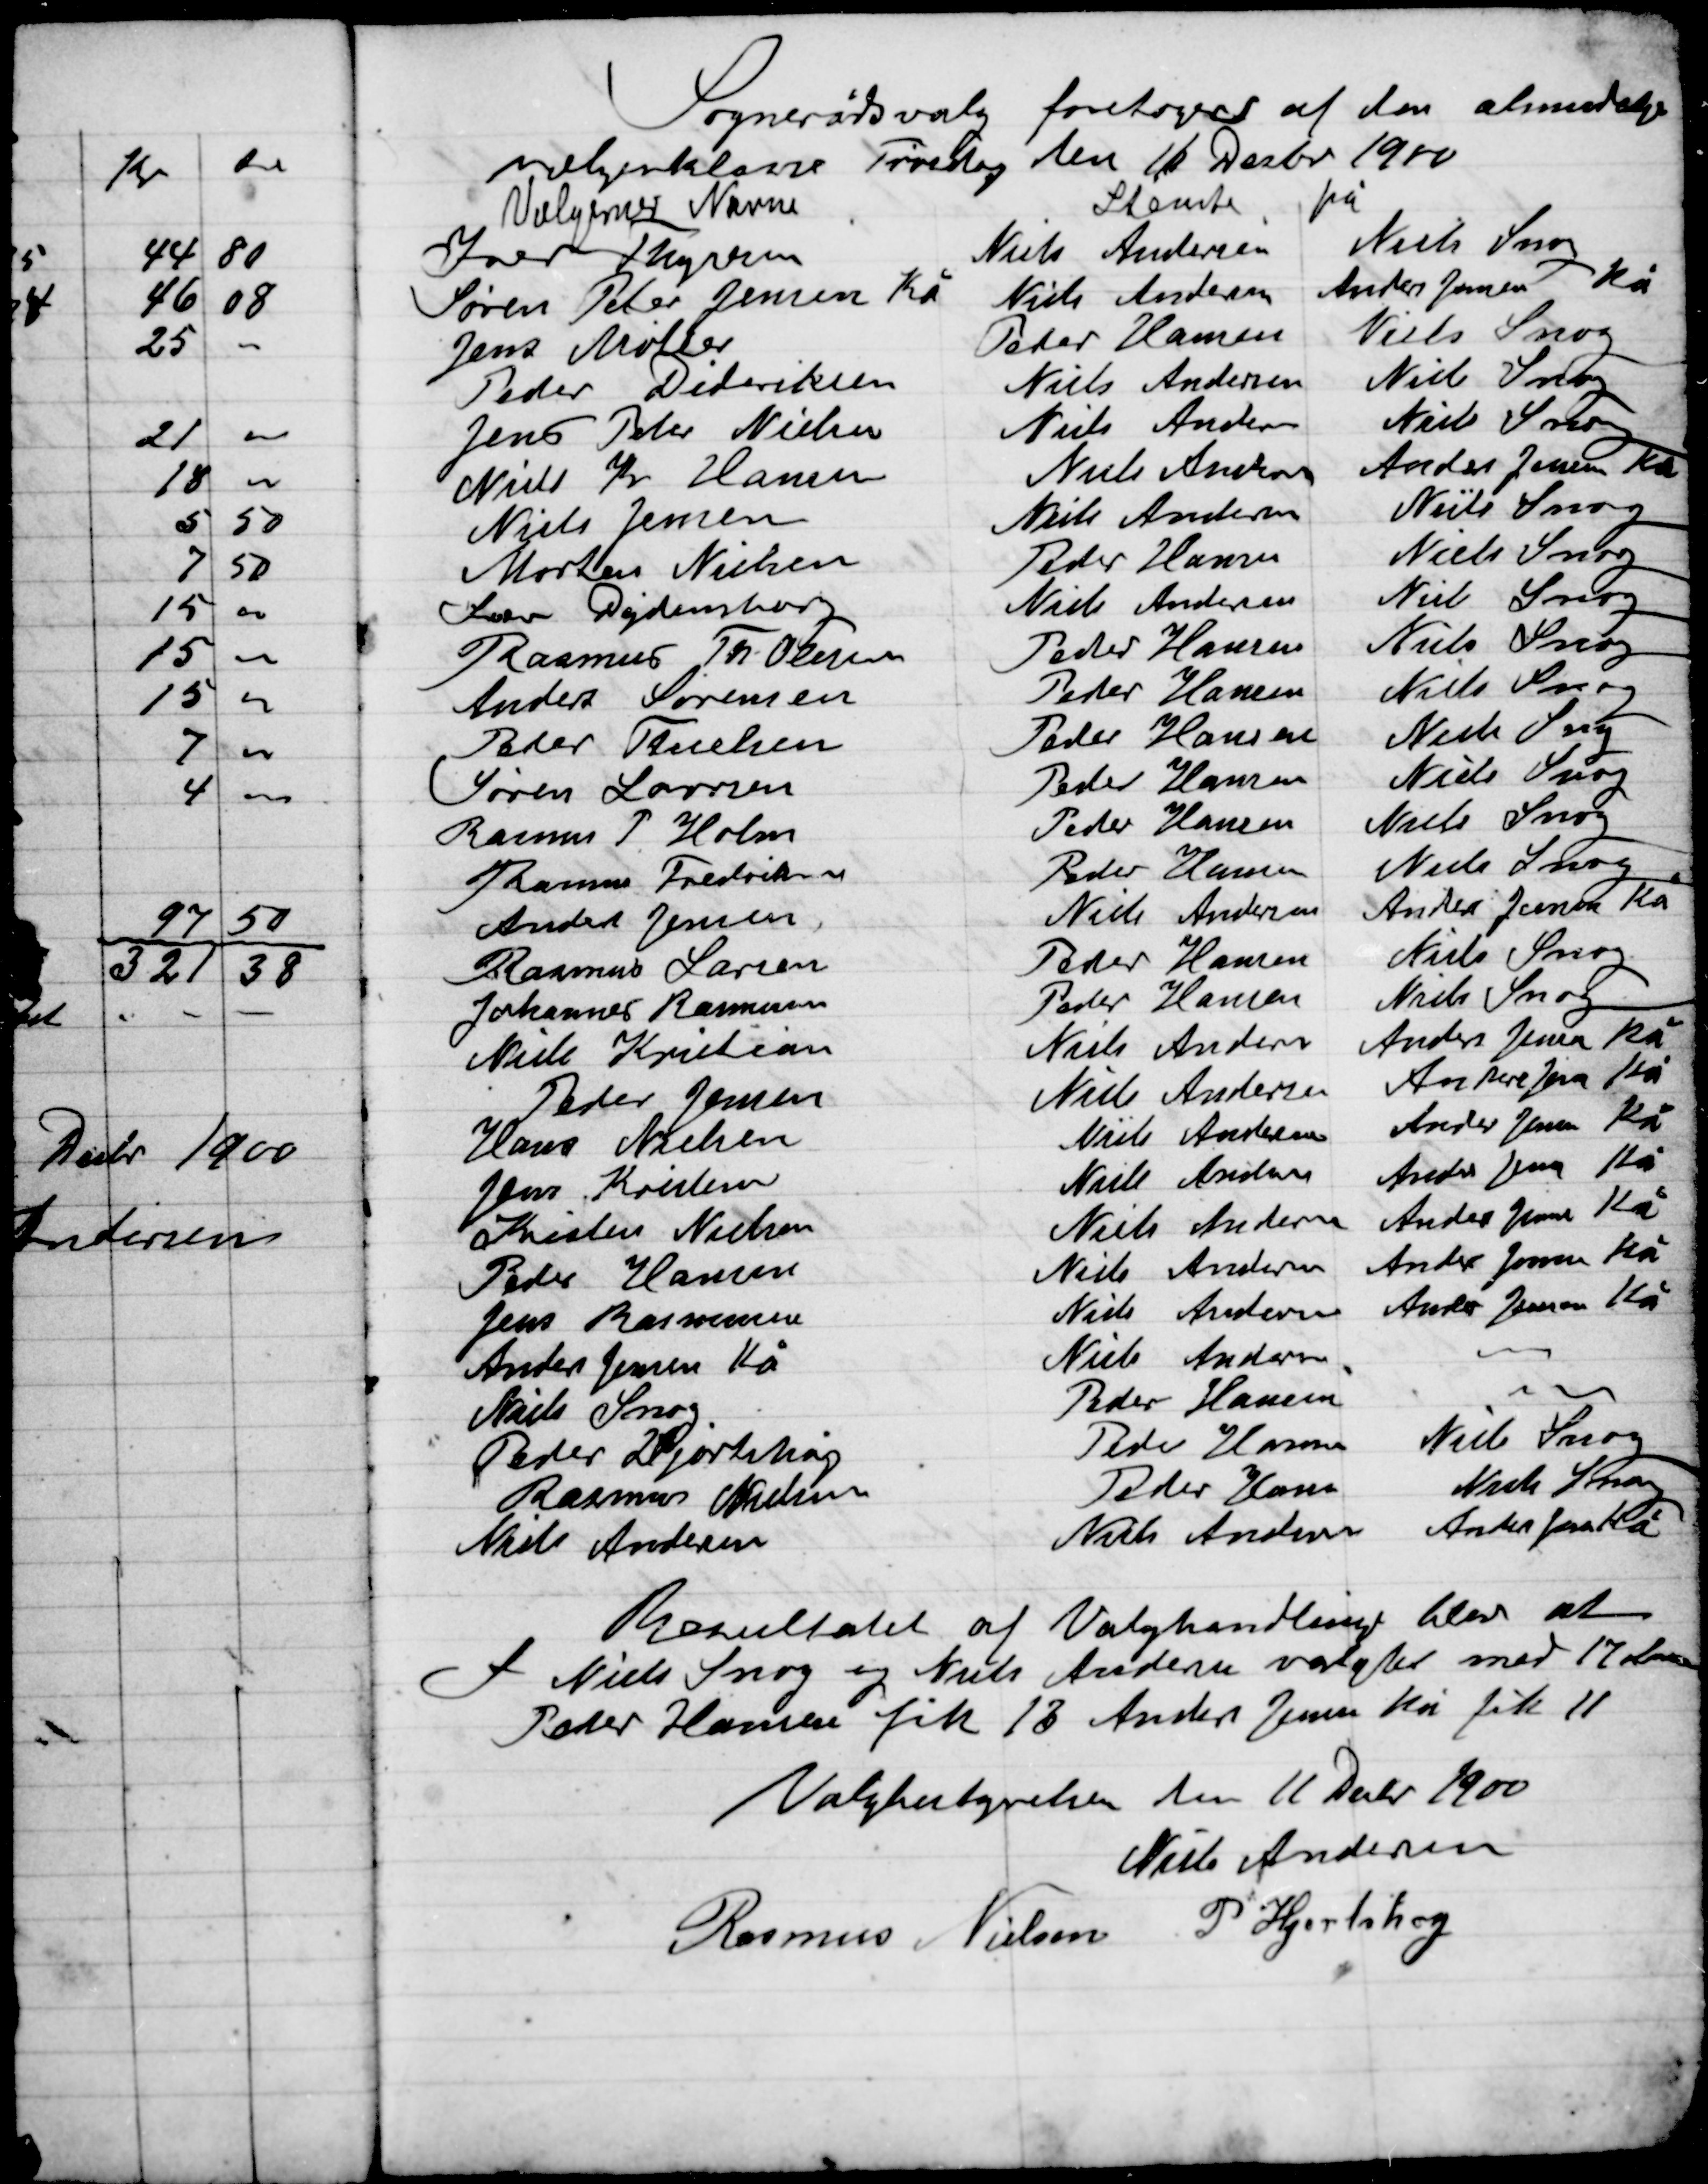
Transskription:
Sognerådsvalg foretoges af den almindelige
Vælgerklasse Fredag den 16 Decbr. 1900

Resultatet af Valghandling blev at
I Niels Snog og Niels Andersen valgtes med 17 Stemmer
Peder Hansen fik 13 Anders Jensen Kå fik 11

Valgbestyrelsen den 11 Decbr. 1900

Niels Andersen
Rasmus Nielsen
P. Hjortshøj